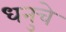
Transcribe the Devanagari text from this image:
धनुचे